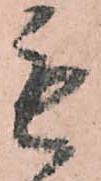
毛